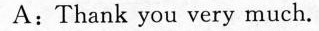
A:Thank you very much.